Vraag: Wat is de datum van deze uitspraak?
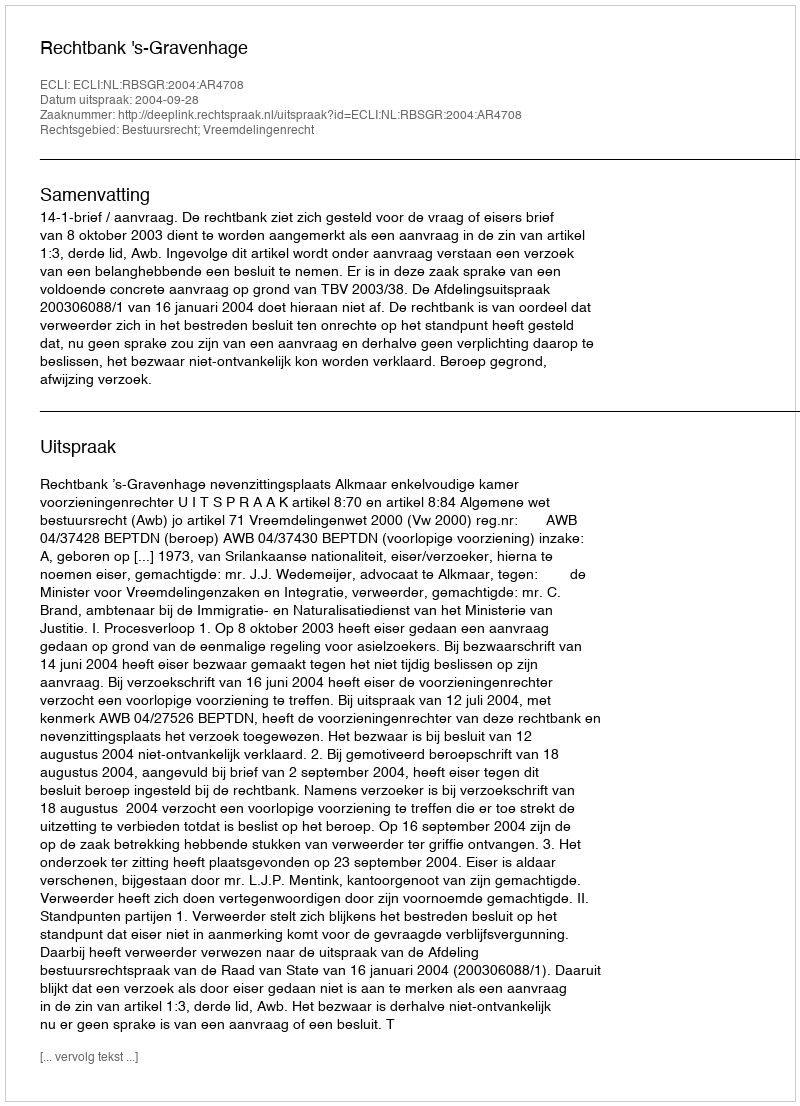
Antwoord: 2004-09-28